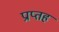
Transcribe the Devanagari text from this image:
प्राप्तह